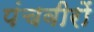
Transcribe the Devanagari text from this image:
पंचवीरों